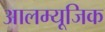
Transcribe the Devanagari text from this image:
आलम्यूजिक